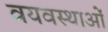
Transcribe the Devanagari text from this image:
वयवस्थाओं